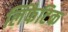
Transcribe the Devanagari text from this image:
लिंफैटिक